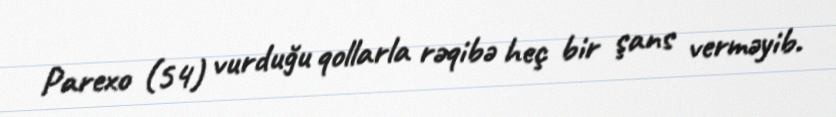
Parexo (54) vurduğu qollarla rəqibə heç bir şans verməyib.